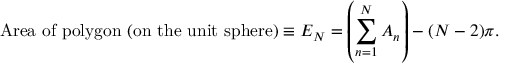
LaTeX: { \mathrm { A r e a ~ o f ~ p o l y g o n ~ ( o n ~ t h e ~ u n i t ~ s p h e r e ) } } \equiv E _ { N } = \left( \sum _ { n = 1 } ^ { N } A _ { n } \right) - ( N - 2 ) \pi .